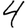
Digit: 4